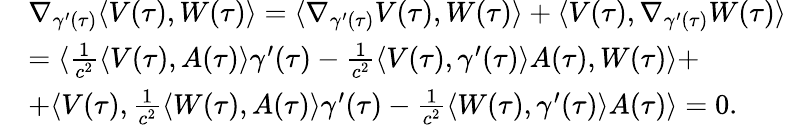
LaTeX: \begin{array}{rl}&{\nabla_{\gamma^{\prime}(\tau)}\langle V(\tau),W(\tau)\rangle=\langle\nabla_{\gamma^{\prime}(\tau)}V(\tau),W(\tau)\rangle+\langle V(\tau),\nabla_{\gamma^{\prime}(\tau)}W(\tau)\rangle}\\ &{=\langle\frac{1}{c^{2}}\langle V(\tau),A(\tau)\rangle\gamma^{\prime}(\tau)-\frac{1}{c^{2}}\langle V(\tau),\gamma^{\prime}(\tau)\rangle A(\tau),W(\tau)\rangle+}\\ &{+\langle V(\tau),\frac{1}{c^{2}}\langle W(\tau),A(\tau)\rangle\gamma^{\prime}(\tau)-\frac{1}{c^{2}}\langle W(\tau),\gamma^{\prime}(\tau)\rangle A(\tau)\rangle=0.}\end{array}